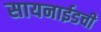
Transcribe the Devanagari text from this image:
सायनाईडची